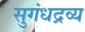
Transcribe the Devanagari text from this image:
सुगंधद्रव्य